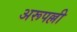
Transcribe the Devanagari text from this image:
अरूपल्ली